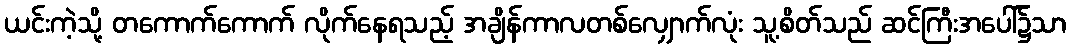
ယင်းကဲ့သို့ တကောက်ကောက် လိုက်နေရသည့် အချိန်ကာလတစ်လျှောက်လုံး သူ့စိတ်သည် ဆင်ကြီးအပေါ်၌သာ